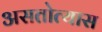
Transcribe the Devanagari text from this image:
असतोत्यास